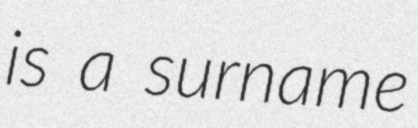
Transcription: is a surname